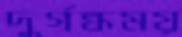
দুর্গন্ধময়